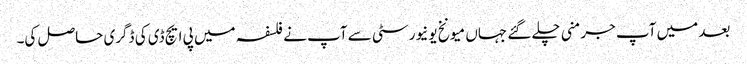
بعد میں آپ جرمنی چلے گئے جہاں میونخ یونیورسٹی سے آپ نے فلسفہ میں پی ایچ ڈی کی ڈگری حاصل کی۔